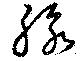
脈